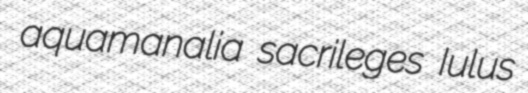
aquamanalia sacrileges Iulus